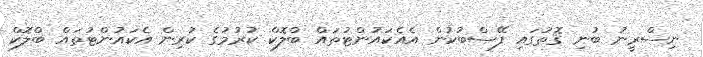
ނިސްރީނު ބުނި ގޮތުގައި ފޭސްބުކުން އެއެކައުންޓުތައް ބްލޮކް ކުރުމުގެ ކުރިން އެކައުންޓުތައް ބްލޮކް